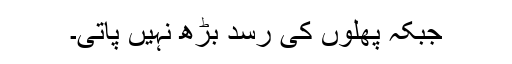
جبکہ پھلوں کی رسد بڑھ نہیں پاتی۔